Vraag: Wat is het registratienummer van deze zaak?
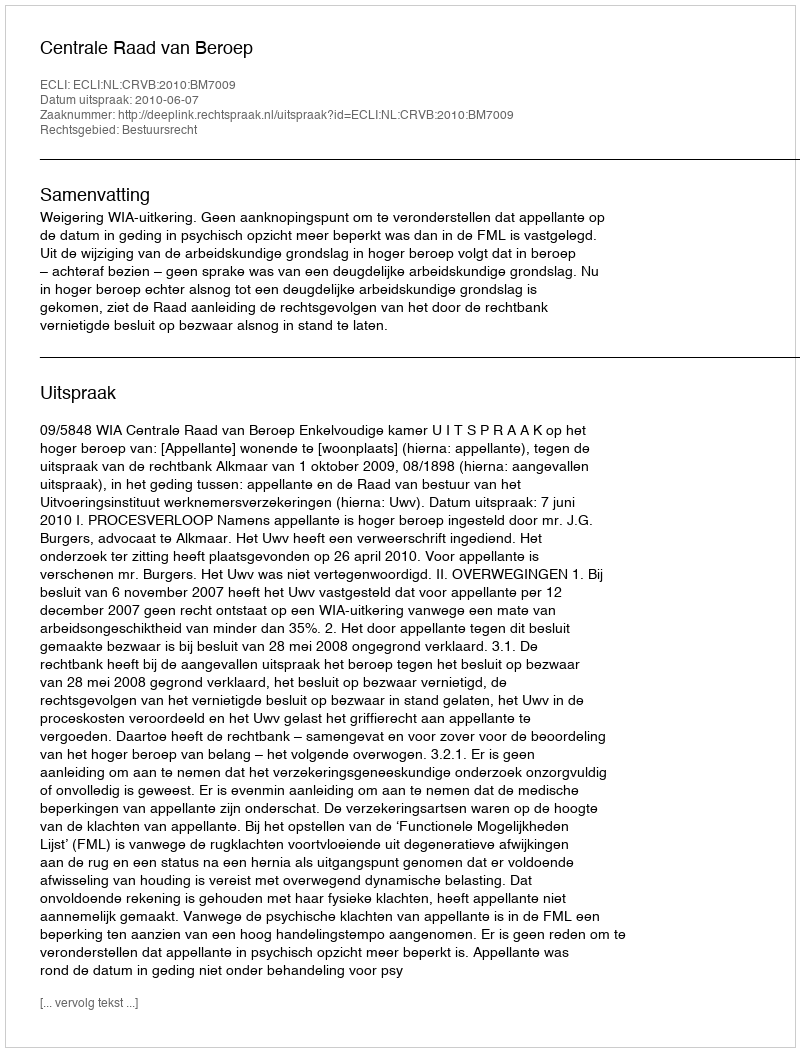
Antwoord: http://deeplink.rechtspraak.nl/uitspraak?id=ECLI:NL:CRVB:2010:BM7009